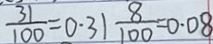
\frac { 3 1 } { 1 0 0 } = 0 . 3 1 \frac { 8 } { 1 0 0 } = 0 . 0 8